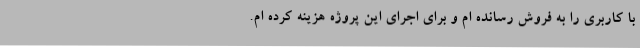
با کاربری را به فروش رسانده ام و برای اجرای این پروژه هزینه کرده ام.